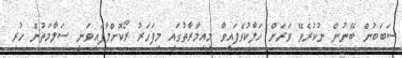
ސަބަބުން ބޭނުން ނުކުރެވޭ ވަރަށް ހަލާކުވެފައިވާ މިއިމާރާތުގައި މިފަހަރު ރޯކޮށްލާފައިވަނީ ސަލާމަތުން ހުރި